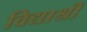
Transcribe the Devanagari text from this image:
विद्याश्री